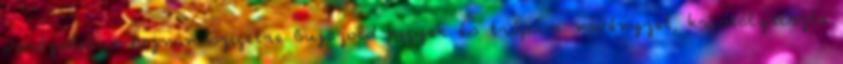
varázslatos Hajnan szigetre Bujazöld hegyek és trópusi növényzet, kristálytiszta